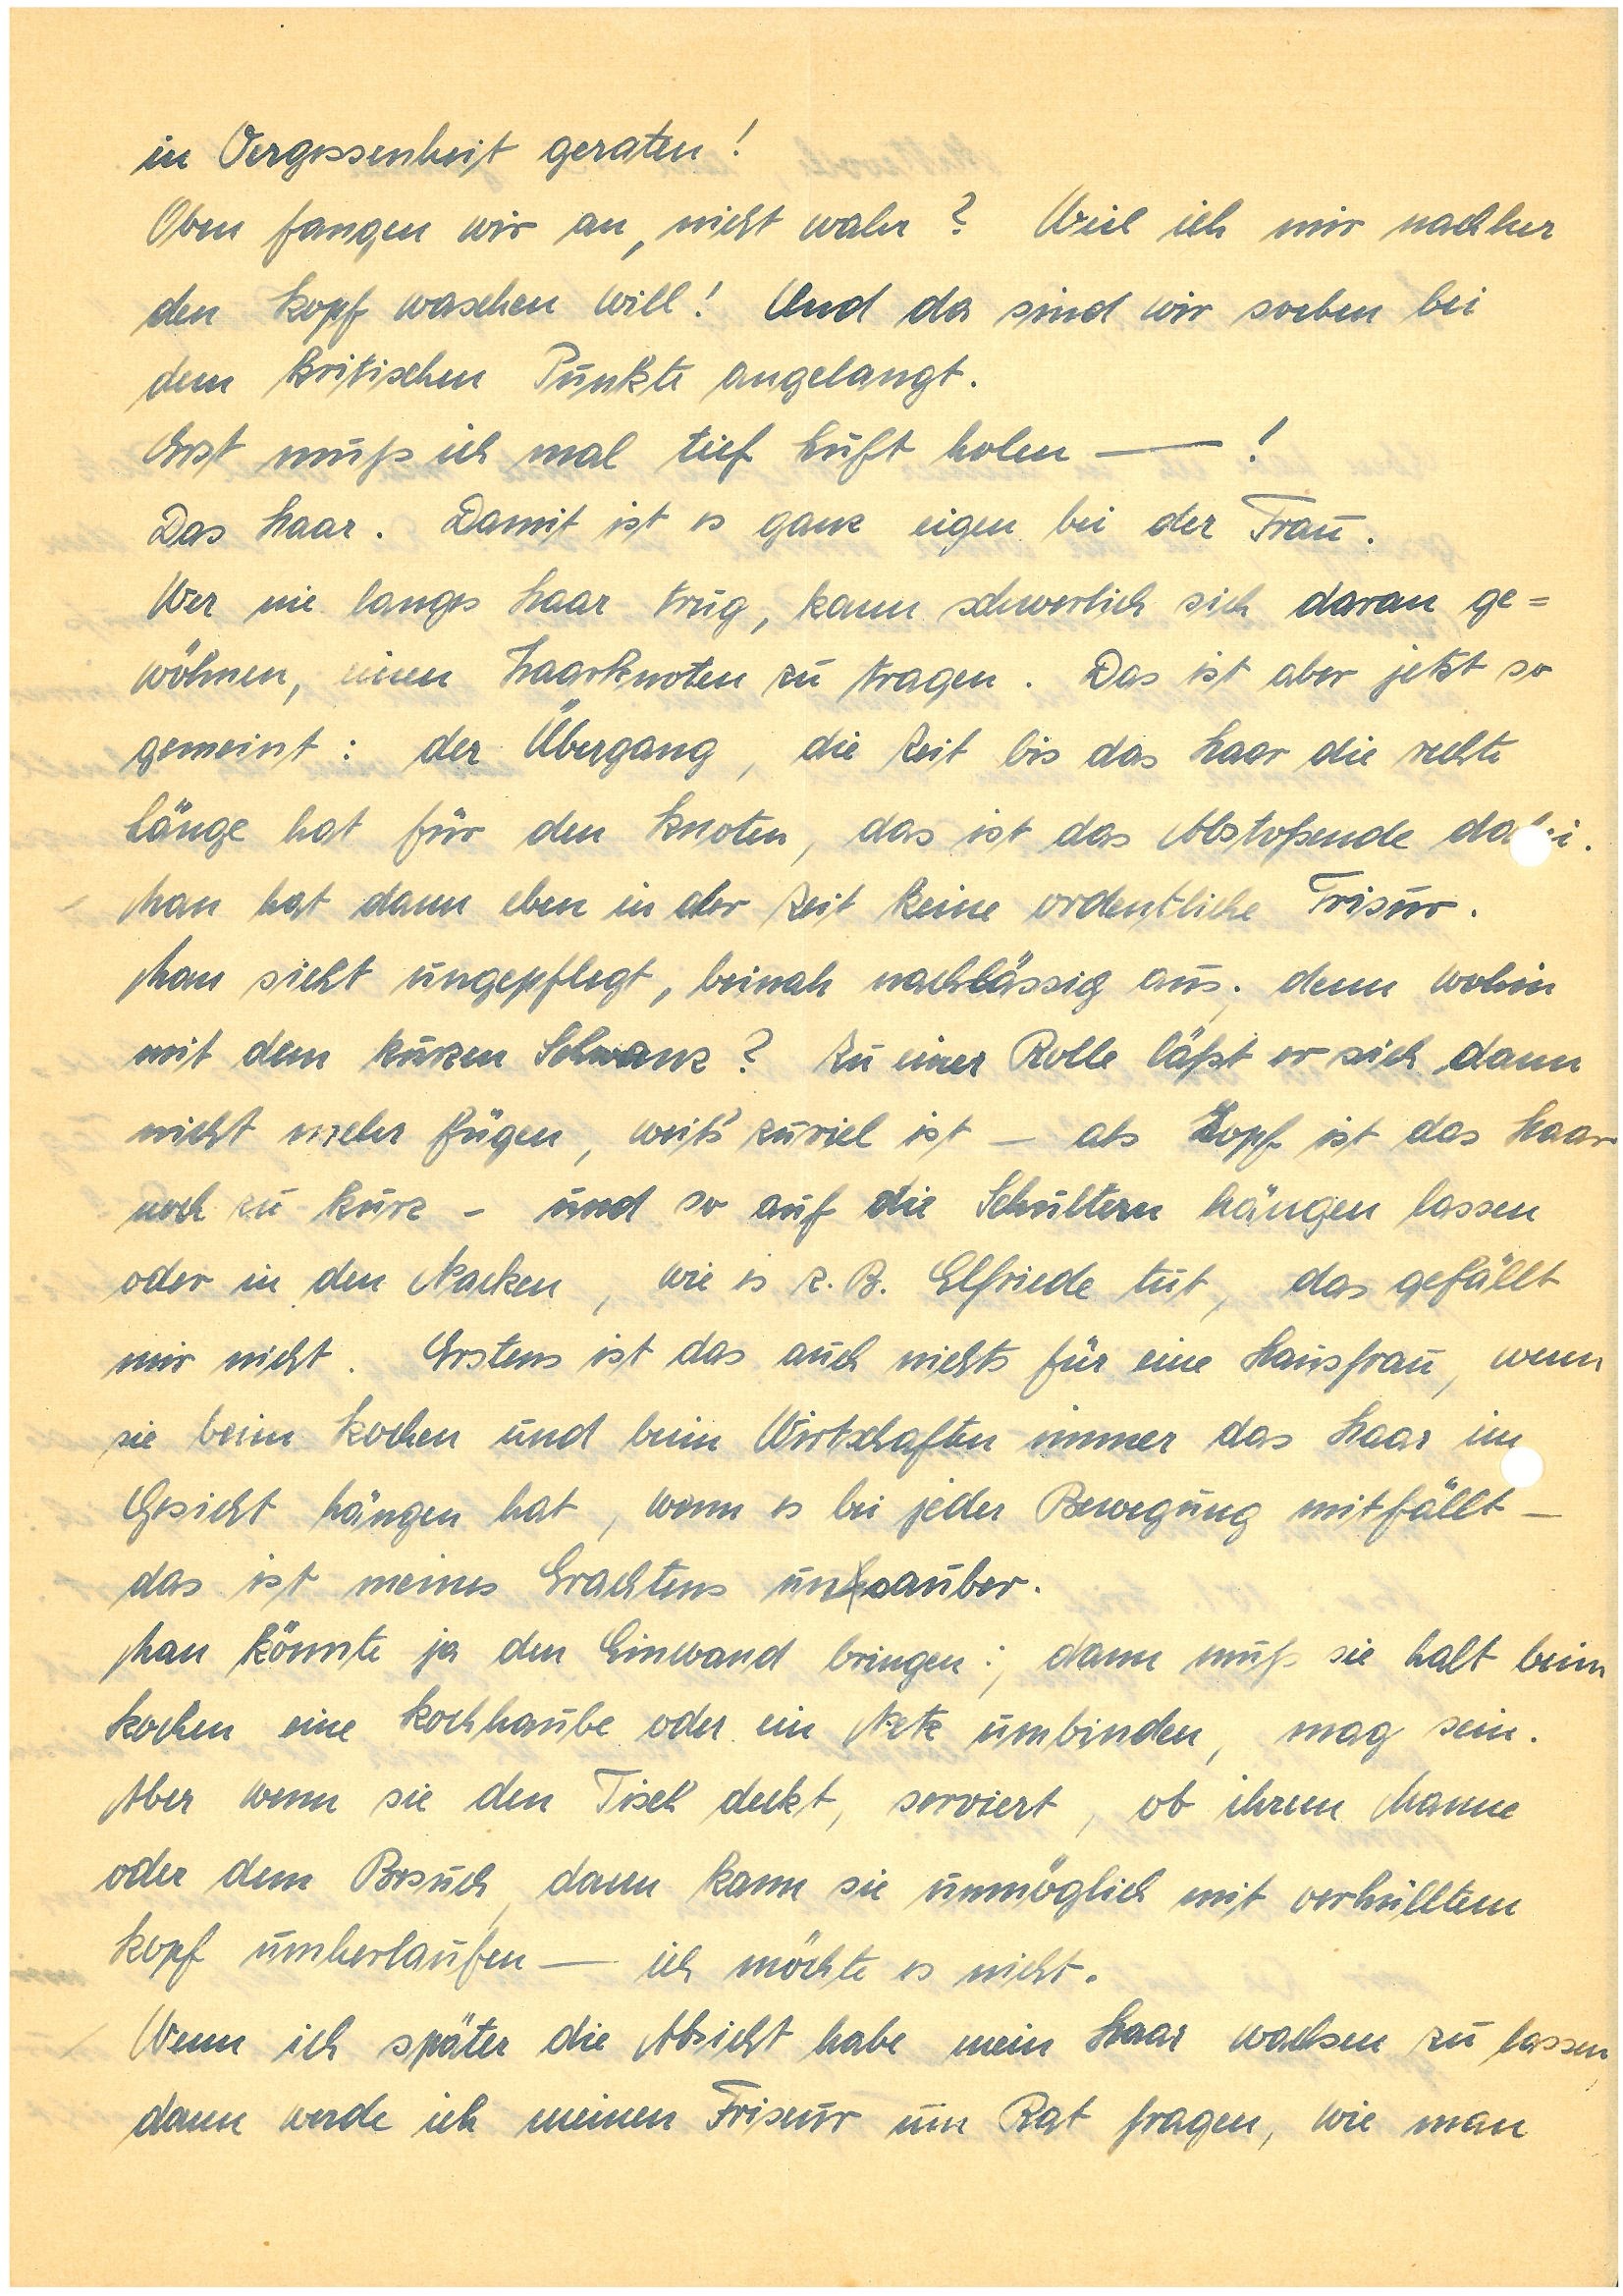
in Vergessenheit geraten!
Oben fangen wir an, nicht wahr? Weil ich mir nachher
den Kopf waschen will! Und da sind wir soeben bei
dem kritischen Punkte angelangt.
Erst muß ich mal tief Luft holen ——!
Das Haar. Damit ist es ganz eigen bei der Frau.
Wer nie langes Haar trug, kann schwerlich sich daran ge¬
wöhnen, einen Haarknoten zu tragen. Das ist aber jetzt so
gemeint: der Übergang, die Zeit bis das Haar die rechte
Länge hat für den Knoten, das ist das Abstoßende da.
Man hat dann eben in der Zeit keine ordentliche Frisur.
Man sieht so ungepflegt, beinah nachlässig aus; denn wohin
mit dem kurzen Schwanz? Zu einer Rolle läßt er sich dann
nicht mehr fügen, weil’s zuviel ist – als Zopf ist das Haar
noch zu kurz – und so auf die Schultern hängen lassen
oder in den Nacken, wie es z.B. Elfriede tut, das gefällt
mir nicht. Erstens ist das auch nichts für eine Hausfrau, wenn
sie beim Kochen und beim Wirtschaften immer das Haar im
Gesicht hängen hat, wenn es bei jeder Bewegung mitfällt –
das ist meines Erachtens unhsauber.
Man könnte ja den Einwand bringen:, dann muß sie halt beim
Kochen eine Kochhaube oder ein Netz umbinden, mag sein.
Aber wenn sie den Tisch deckt, serviert, ob ihrem Manne
oder dem Besuch, dann kann sie unmöglich mit verhülltem
Kopf umherlaufen — ich möchte es nicht.
Wenn ich später die Absicht habe mein Haar wachsen zu lassen,
dann werde ich meinen Friseur um Rat fragen, wie man